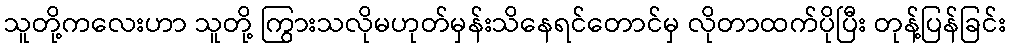
သူတို့ကလေးဟာ သူတို့ ကြွားသလိုမဟုတ်မှန်းသိနေရင်တောင်မှ လိုတာထက်ပိုပြီး တုန့်ပြန်ခြင်း